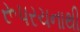
રૂપરચનાથી